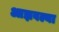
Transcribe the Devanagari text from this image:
आज्ञवल्या